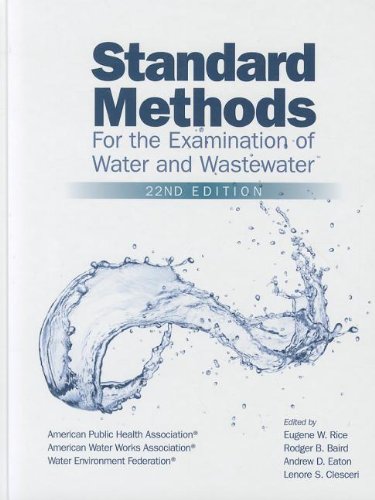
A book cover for Standard Methods for the Examination of Water and Wastewater; American Public Health Association; Engineering & Transportation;